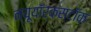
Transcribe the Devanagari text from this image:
न्यूयॉर्कस्टॉक